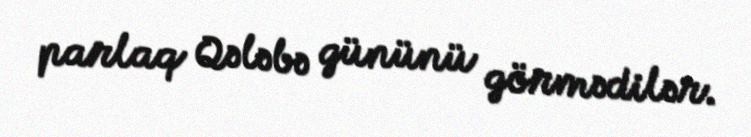
parlaq Qələbə gününü görmədilər.